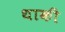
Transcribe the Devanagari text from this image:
थाकी